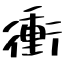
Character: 衝